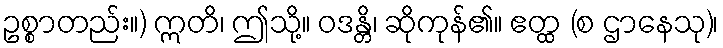
ဥစ္စာတည်း။) ဣတိ၊ ဤသို့။ ဝဒန္တိ၊ ဆိုကုန်၏။ ဧတ္ထ (စ ဌာနေသု)၊